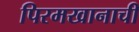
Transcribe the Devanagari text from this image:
पिरमखानाची